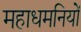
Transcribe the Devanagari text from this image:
महाधमनियों